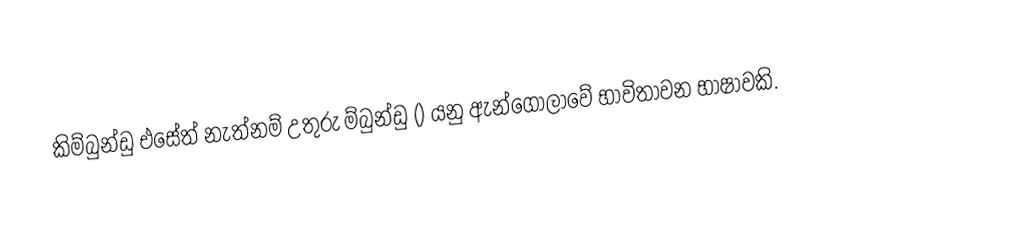
කිම්බුන්ඩු එසේත් නැත්නම් උතුරු ම්බුන්ඩු () යනු ඇන්ගෝලාවේ භාවිතාවන භාෂාවකි.